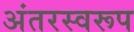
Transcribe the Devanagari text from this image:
अंतरस्वरूप